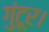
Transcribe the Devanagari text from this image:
गुंटूर।